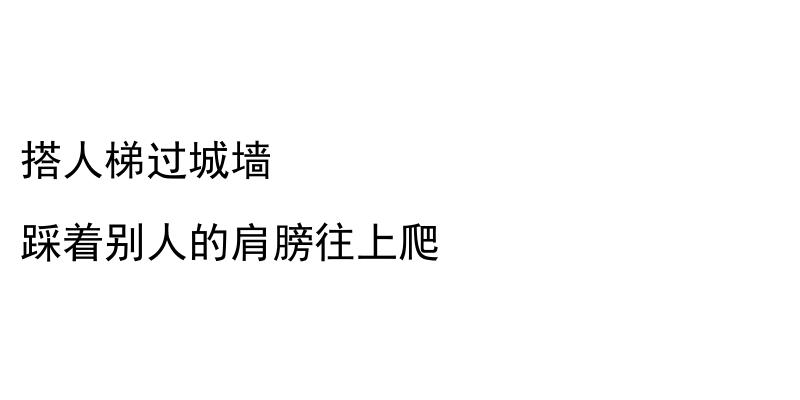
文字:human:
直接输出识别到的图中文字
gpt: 搭人梯过城墙 踩着别人的肩膀往上爬